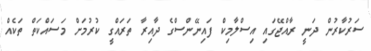
ސަރުކާރުން ދަނީ ރާއްޖޭގައި އިސްލާމިކް ފައިނޭންސްގެ ދާއިރާ ތަރައްގީ ކުރުމަށް މަސައްކަތް ތަކެއް